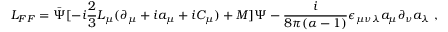
{ \cal L } _ { F F } = \bar { \Psi } [ - i \frac { 2 } { 3 } L _ { \mu } ( \partial _ { \mu } + i a _ { \mu } + i C _ { \mu } ) + M ] \Psi - \frac { i } { 8 \pi ( \alpha - 1 ) } \epsilon _ { \mu \nu \lambda } a _ { \mu } \partial _ { \nu } a _ { \lambda } \; ,